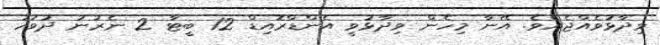
ވިދާޅުވެއްޖެއެވެ. އޭނާ މިހެން ވިދާޅުވީ އެންޑްރޮއިޑް 12 ބީޓާ 2 ނެރުނު ދުވަހު